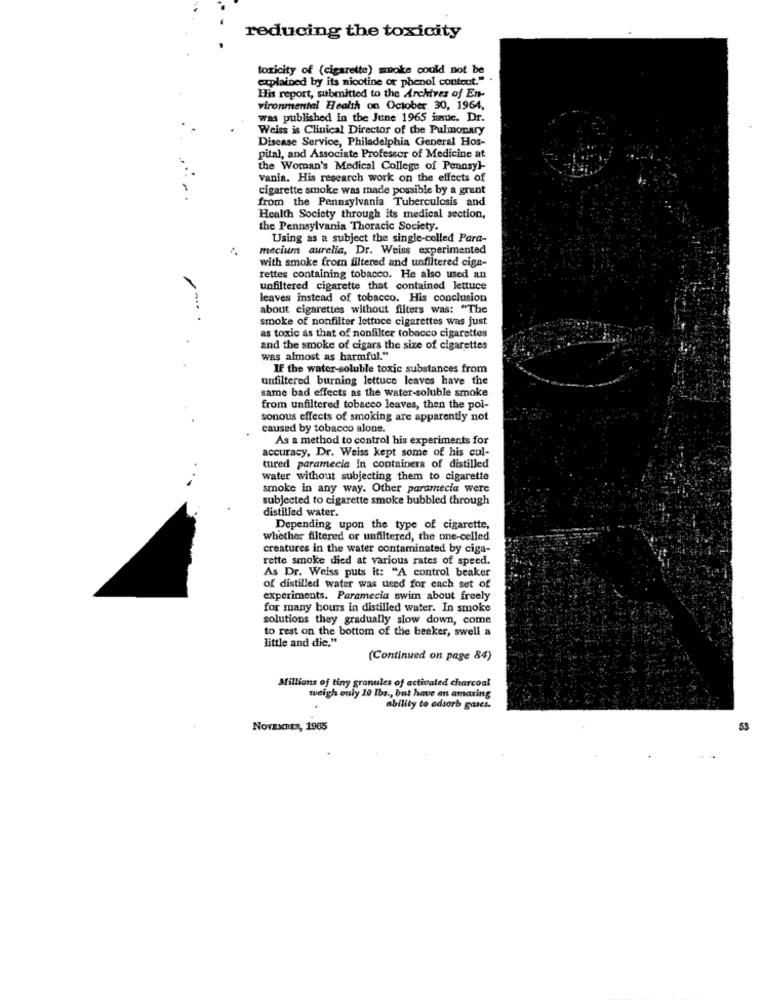
reducing the toxicity
toxicity of (cigarette) moke could not be
explained by its nicotine or phenol contout."
His report, submitted to the Archives of En-
vironmental Health on October 30, 1964,
was published in the June 1965 issue. Dr.
Weiss is Clinical Director of the Pulmonary
Disease Service, Philadelphia General Hos-
pital, and Associate Professor of Medicine at
the Woman's Medical College of Pennsyl-
vanin. His research work on the effects of
cigarette smoke was made possible by a grant
from the Pennsylvania Tuberculosis and
Health Society through its medical section,
the Pennsylvania Thoracic Society.
Using as a subject the single-celled Para-
..
mecium aurelia, Dr. Weiss experimented
with smoke from filtered and unfiltered ciga-
rettes containing tobacco. He also used an
unfiltered cigarette that contained lettuce
leaves instead of tobacco. His conclusion
about cigarettes without filters was: "The
smoke of nonfilter lettuce cigarettes was just
as toxic as that of nonfilter tobacco cigarettes
and the smoke of cigars the size of cigarettes
was almost as harmful."
IF the water-soluble toxic substances from
unfiltered burning lettuce leaves have the
same bad effects as the water-soluble smoke
from unfiltered tobacco leaves, then the poi-
sonous effects of smoking are apparently not
caused by tobacco alone.
As a method to control his experiments for
accuracy, Dr. Weiss kept some of his cul-
tured paramecia in containers of distilled
water without subjecting them to cigarette
smoke in any way. Other paramecia were
subjected to cigarette smoke bubbled through
distilled water.
Depending upon the type of cigarette,
whether filtered or unfiltered, the one-celled
creatures in the water contaminated by ciga-
rette smoke died at various rates of speed.
As Dr. Weiss puts it: "A control beaker
of distilled water was used for each set of
experiments. Paramecia swim about freely
for many bours in distilled water. In smoke
solutions they gradually slow down, come
to rest on the bottom of the beaker, swell a
little and die,"
(Continued on page 84)
Millions of tiny granules of activated charcoal
tueigh only 10 Iba ., but have an amaring
ability to adsorb gases.
NOVEMBER, 1965
53